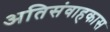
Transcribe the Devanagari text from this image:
अतिसंवाहकास